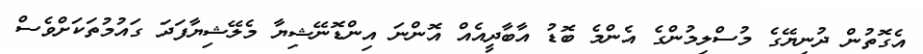
އެގޮތުން ދުނިޔޭގެ މުސްލިމުންގެ އެންމެ ބޮޑު އާބާދީއެއް އޮންނަ އިންޑޮނޭޝިޔާ މެލޭޝިޔާފަދަ ގައުމުތަކަށްވެސް